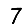
Digit: 7